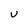
Character: v